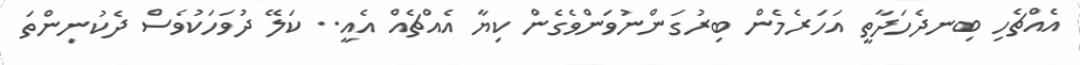
އެއްޗެހި ބިނދެހަދާތީ އަހަރެމެން ބިރުގަންނުވަންވެގެން ކިޔާ އެއްޗެއް އެއީ.. ކަލޭ ދުވަހަކުވެސް ދެކުނިންތަ